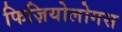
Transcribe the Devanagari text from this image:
फिज़ियोलोगस